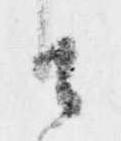
由